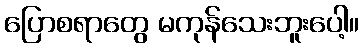
ပြောစရာတွေ မကုန်သေးဘူးပေါ့။